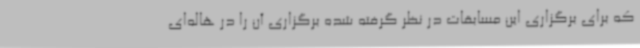
که برای برگزاری این مسابقات در نظر گرفته شده برگزاری آن را در هاله‌ای